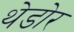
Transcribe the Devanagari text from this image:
थेडोर